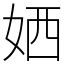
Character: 㛉